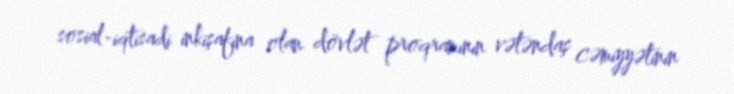
sosial-iqtisadi inkişafına olan dövlət proqramının vətəndaş cəmiyyətinin